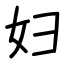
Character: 妇